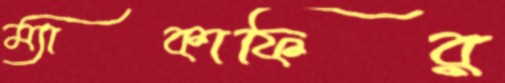
ম্যাকাফির